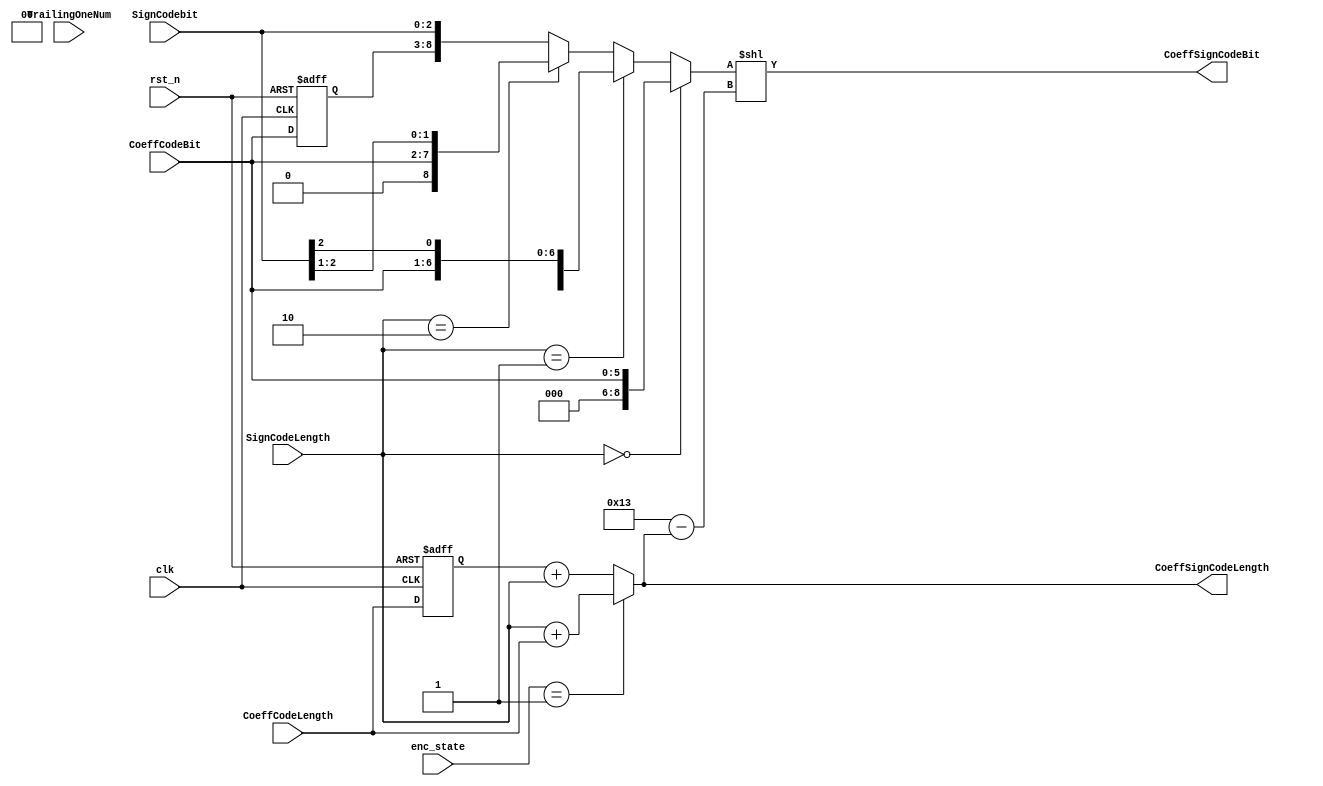
module Coeff_Sign_packer(
				clk,
				rst_n,
				CoeffCodeBit,
				CoeffCodeLength,
				SignCodebit,
				SignCodeLength,	
				CoeffSignCodeBit,
				CoeffSignCodeLength,
				enc_state,
				TrailingOneNum
);

parameter 	enc_init   	   = 4'b0000, //enc init
			enc_cycle0 	   = 4'b0001, //enc clock 1
			enc_cycle1 	   = 4'b0010, //enc clock 2
			enc_cycle2 	   = 4'b0011, //enc clock 3
			enc_cycle3 	   = 4'b0100, //enc clock 4
            enc_cycle4 	   = 4'b0101, //enc clock 5
            enc_cycle5 	   = 4'b0110, //enc clock 6
            enc_cycle6 	   = 4'b0111, //enc clock 7
            enc_cycle7 	   = 4'b1000; //enc clock 8
            	
input  clk, rst_n;
input  [2:0]  SignCodebit;
input  [1:0]  SignCodeLength;
input  [5:0]  CoeffCodeBit;
input  [4:0]  CoeffCodeLength;
input  [3:0]  enc_state;
input  [1:0]  TrailingOneNum;

output [18:0] CoeffSignCodeBit;
output [4:0]  CoeffSignCodeLength;
wire   [18:0] tmpCodeBit;
wire   [4:0]  bubble;
reg    [4:0]  regCoeffCodeLength;
reg    [5:0]  regCoeffCodebit;

assign CoeffSignCodeLength = (enc_state == enc_cycle0)? SignCodeLength + CoeffCodeLength
						   : regCoeffCodeLength + SignCodeLength;
assign bubble = 5'd19 - CoeffSignCodeLength;

assign tmpCodeBit = (SignCodeLength==2'd0)? {13'b0,CoeffCodeBit} 
				: (SignCodeLength==2'd1)? {12'b0,CoeffCodeBit,SignCodebit[2]}
				: (SignCodeLength==2'd2)? {11'b0,CoeffCodeBit,SignCodebit[2:1]}
				: {10'b0,regCoeffCodebit,SignCodebit};
				
assign CoeffSignCodeBit = tmpCodeBit<<bubble;
always @(posedge clk or negedge rst_n) begin
	if(!rst_n) begin
		regCoeffCodeLength <= 5'b0;
		regCoeffCodebit    <= 6'b0;
	end
	else begin
		regCoeffCodeLength <= CoeffCodeLength;
		regCoeffCodebit    <= CoeffCodeBit;
	end
end

endmodule